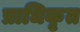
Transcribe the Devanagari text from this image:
प्राधिकृत